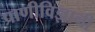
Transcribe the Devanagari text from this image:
प्राणीविज्ञानी